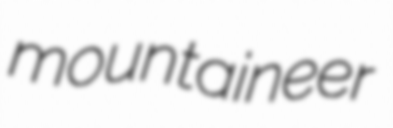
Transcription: mountaineer